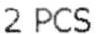
2 PCS